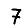
Digit: 7